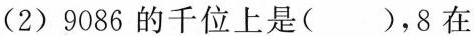
(2)9086的千位上是( )，8在